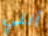
أنني